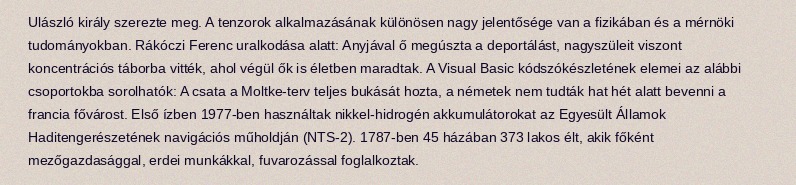
Ulászló király szerezte meg. A tenzorok alkalmazásának különösen nagy jelentősége van a fizikában és a mérnöki tudományokban. Rákóczi Ferenc uralkodása alatt: Anyjával ő megúszta a deportálást, nagyszüleit viszont koncentrációs táborba vitték, ahol végül ők is életben maradtak. A Visual Basic kódszókészletének elemei az alábbi csoportokba sorolhatók: A csata a Moltke-terv teljes bukását hozta, a németek nem tudták hat hét alatt bevenni a francia fővárost. Első ízben 1977-ben használtak nikkel-hidrogén akkumulátorokat az Egyesült Államok Haditengerészetének navigációs műholdján (NTS-2). 1787-ben 45 házában 373 lakos élt, akik főként mezőgazdasággal, erdei munkákkal, fuvarozással foglalkoztak.